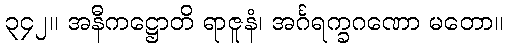
၃၄၂။ အနီကဋ္ဌောတိ ရာဇူနံ၊ အင်္ဂရက္ခဂဏော မတော။